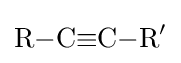
{\mathrm {R} {-}\mathrm {C} {\equiv }\mathrm {C} {-}\mathrm {R} {\vphantom {A}}^{\prime }}